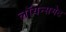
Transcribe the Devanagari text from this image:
लॉयन्सगेट